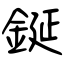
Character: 鋋